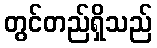
တွင်တည်ရှိသည်